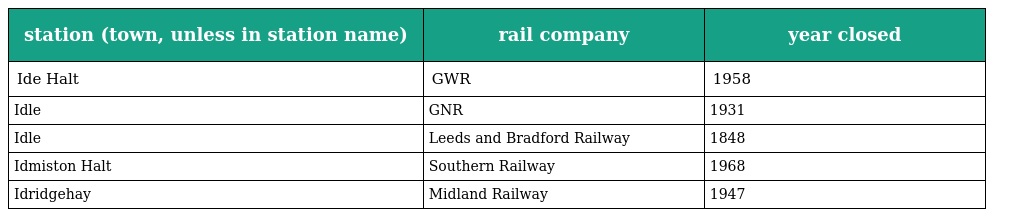
| station (town, unless in station name) | rail company | year closed |
 | --- | --- | --- |
 | Ide Halt | GWR | 1958 |
 | Idle | GNR | 1931 |
 | Idle | Leeds and Bradford Railway | 1848 |
 | Idmiston Halt | Southern Railway | 1968 |
 | Idridgehay | Midland Railway | 1947 |